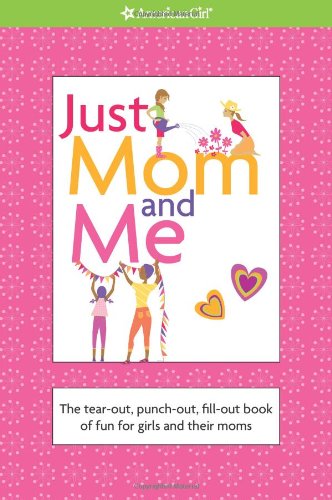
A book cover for Just Mom and Me (American Girl) (American Girl Library); American Girl Editors; Children's Books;